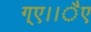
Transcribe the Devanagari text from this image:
ग्ए।।ैए